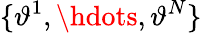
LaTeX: \{ \vartheta^{1},\hdots,\vartheta^{N}\}